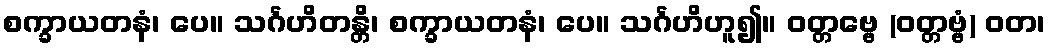
စက္ခာယတနံ၊ ပေ။ သင်္ဂဟိတန္တိ၊ စက္ခာယတနံ၊ ပေ။ သင်္ဂဟိဟူ၍။ ဝတ္တဗ္ဗေ (ဝတ္တဗ္ဗံ) ဝတ၊